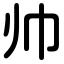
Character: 帅